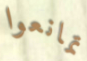
تمانعوا